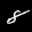
Label: 8